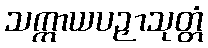
သက္ကာယပဉှာသုတ္တံ